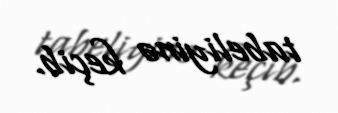
tabeliyinə keçib.